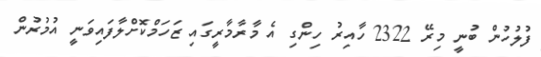
ފުލުހުން ބުނީ މިރޭ 2322 ހާއިރު ހިންގި އެ މާރާމާރީގައި ޒަހަމްކޮށްލާފައިވަނީ އުމުރުން